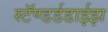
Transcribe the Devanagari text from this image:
स्टॅण्डर्डडाईझ